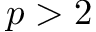
p > 2